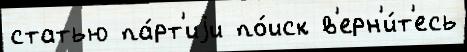
статью па́рт'иjи по́иск в'ерн'и́т'есь